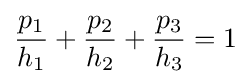
{\frac {p_{1}}{h_{1}}}+{\frac {p_{2}}{h_{2}}}+{\frac {p_{3}}{h_{3}}}=1